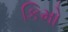
કિમો